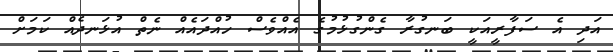
އަދި އެ ސަފާރީއަކީ ބަނގުރާ ގެންގުޅުމުގެ އެއްވެސް ހުއްދައެއް ނެތް އުޅަނދެއް ކަމަށް